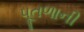
પૂતળાની